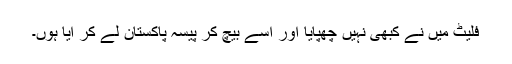
فلیٹ میں نے کبھی نہیں چھپایا اور اسے بیچ کر پیسہ پاکستان لے کر آیا ہوں۔